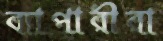
ব্যাপারীরা